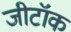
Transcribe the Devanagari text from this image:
जीटॉक